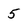
Character: 5